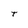
Character: T